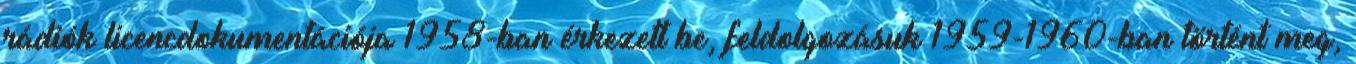
rádiók licencdokumentációja 1958-ban érkezett be, feldolgozásuk 1959-1960-ban történt meg,